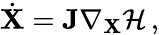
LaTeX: \dot{\mathbf{X}}=\mathbf{J}\nabla_{\mathbf{X}}\mathcal{H}\, ,